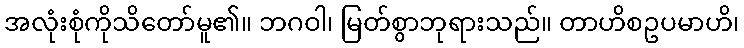
အလုံးစုံကိုသိတော်မူ၏။ ဘဂဝါ၊ မြတ်စွာဘုရားသည်။ တာဟိစဥပမာဟိ၊